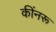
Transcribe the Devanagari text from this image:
कींनरू